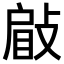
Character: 𢾥